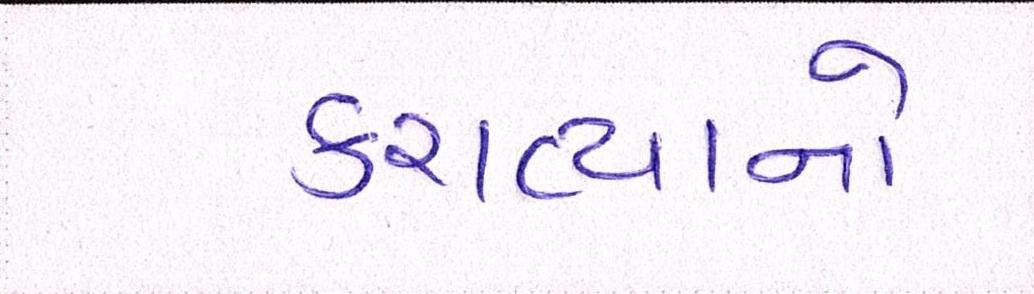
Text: કરાવ્યાનો